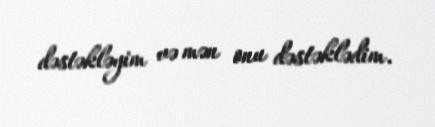
dəstəkləyim və mən onu dəstəklədim.